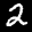
Label: 2